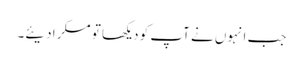
جب انہوں نے آپ کو دیکھا تو مسکرا دیئے۔